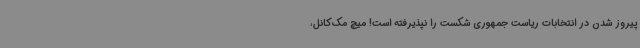
پیروز شدن در انتخابات ریاست جمهوری شکست را نپذیرفته است! میچ مک‌کانل،